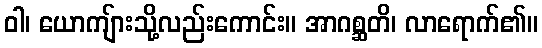
ဝါ၊ ယောကျ်ားသို့လည်းကောင်း။ အာဂစ္ဆတိ၊ လာရောက်၏။